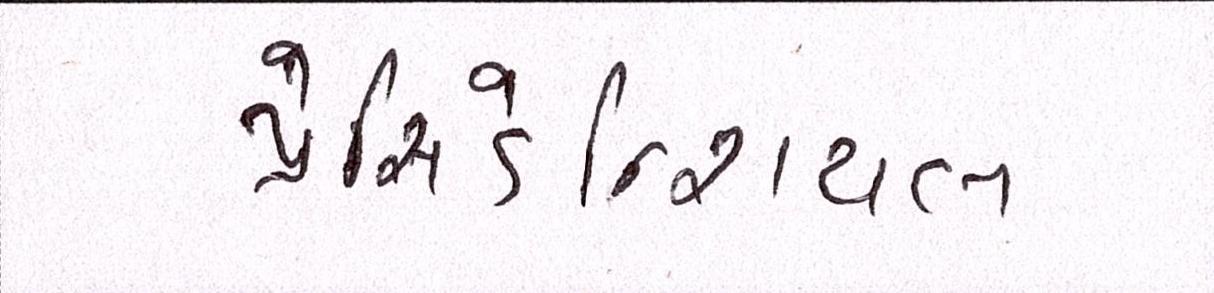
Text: પ્રેસિડેન્શિયલ